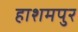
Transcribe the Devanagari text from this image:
हाशमपुर